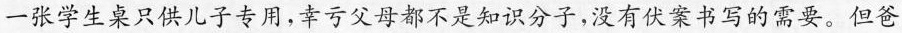
一张学生桌只供儿子专用，幸亏父母都不是知识分子，没有伏案书写的需要。但爸